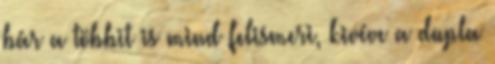
bár a többit is mind felismeri, kivéve a dupla